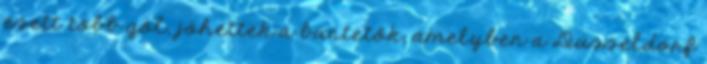
esett több gól, jöhettek a büntetők, amelyben a Düsseldorf